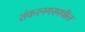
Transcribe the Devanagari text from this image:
शंकरनगरमधील